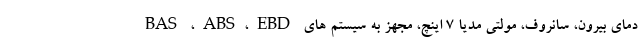
دمای بيرون، سانروف، مولتی مدیا ۷ اینچ، مجهز به سیستم های BAS ،ABS،EBD